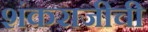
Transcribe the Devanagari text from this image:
शंकराजीची